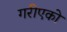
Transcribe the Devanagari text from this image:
गरीएको